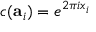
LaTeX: c ( \mathbf { a } _ { i } ) = e ^ { 2 \pi i x _ { i } }